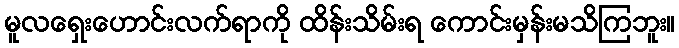
မူလရှေးဟောင်းလက်ရာကို ထိန်းသိမ်းရ ကောင်းမှန်းမသိကြဘူး။